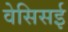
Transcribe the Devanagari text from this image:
वेसिसई